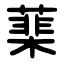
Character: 䕁